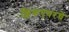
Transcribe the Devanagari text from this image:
क्लिकएयरचे